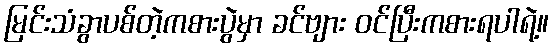
မြင်းသံခွာပစ်တဲ့ကစားပွဲမှာ ခင်ဗျား ဝင်ပြီးကစားရပါရဲ့။